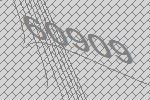
60909